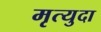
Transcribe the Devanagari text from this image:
मृत्युदा